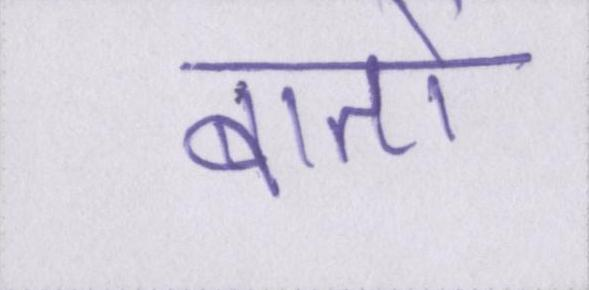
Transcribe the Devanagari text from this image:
बातों